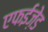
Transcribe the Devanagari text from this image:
एफईज़ेड